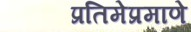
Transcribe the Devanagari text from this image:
प्रतिमेप्रमाणे